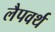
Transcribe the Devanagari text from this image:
लैपवर्थ